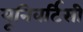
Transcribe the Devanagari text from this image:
यूनिवर्टिसी